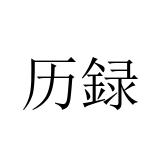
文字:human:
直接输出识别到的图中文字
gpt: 历録